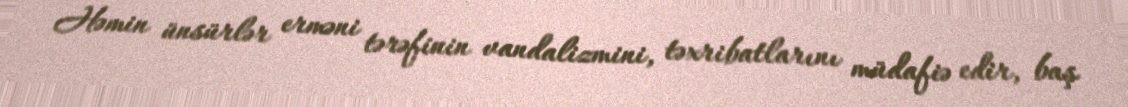
Həmin ünsürlər erməni tərəfinin vandalizmini, təxribatlarını müdafiə edir, baş